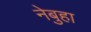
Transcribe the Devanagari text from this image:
नेबुहा